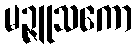
မဉ္ဇူသကော